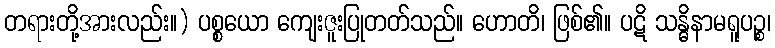
တရားတို့အားလည်း။) ပစ္စယော ကျေးဇူးပြုတတ်သည်။ ဟောတိ၊ ဖြစ်၏။ ပဋိ သန္ဓိနာမရူပဉ္စ၊